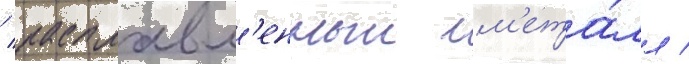
/ расплавл'енныи м'ета́лл /